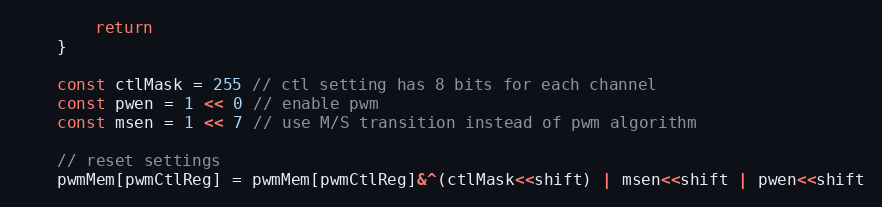
Language: Go
		return
	}

	const ctlMask = 255 // ctl setting has 8 bits for each channel
	const pwen = 1 << 0 // enable pwm
	const msen = 1 << 7 // use M/S transition instead of pwm algorithm

	// reset settings
	pwmMem[pwmCtlReg] = pwmMem[pwmCtlReg]&^(ctlMask<<shift) | msen<<shift | pwen<<shift